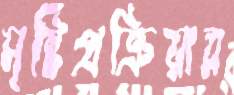
সৃষ্টিপ্রক্রিয়ার